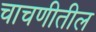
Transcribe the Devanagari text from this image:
चाचणीतील